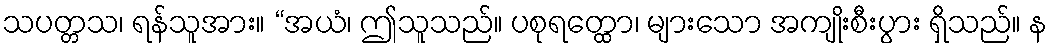
သပတ္တသ၊ ရန်သူအား။ “အယံ၊ ဤသူသည်။ ပစုရတ္ထော၊ များသော အကျိုးစီးပွား ရှိသည်။ န